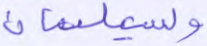
ولسليمان